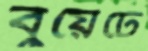
বুয়েটে